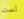
لست